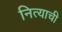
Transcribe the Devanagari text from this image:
नित्याची